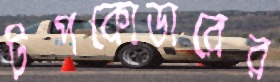
টপকোডারের